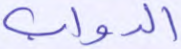
الدواب